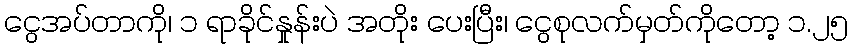
ငွေအပ်တာကို၊ ၁ ရာခိုင်နှုန်းပဲ အတိုး ပေးပြီး၊ ငွေစုလက်မှတ်ကိုတော့ ၁.၂၅